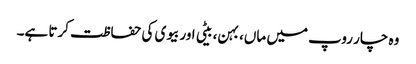
وہ چار روپ میں ماں، بہن، بیٹی اور بیوی کی حفاظت کرتا ہے۔